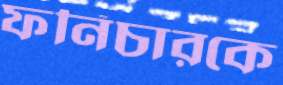
ফর্নিচারকে